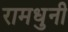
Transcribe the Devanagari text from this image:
रामधुनी